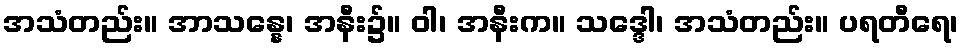
အသံတည်း။ အာသန္နေ၊ အနီး၌။ ဝါ၊ အနီးက။ သဒ္ဒေါ၊ အသံတည်း။ ပရတီရေ၊